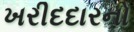
ખરીદદારનો